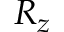
R _ { z }